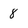
Character: 8